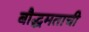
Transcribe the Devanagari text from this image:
बौद्धमताची